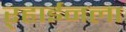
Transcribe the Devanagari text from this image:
ऱ्हाईनला